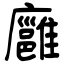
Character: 廱